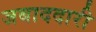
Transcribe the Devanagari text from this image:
जबाददारी